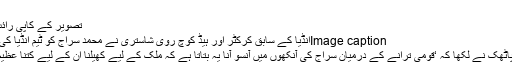
’
تصویر کے کاپی رائٹBCCI
Image captionانڈیا کے سابق کرکٹر اور ہیڈ کوچ روی شاستری نے محمد سراج کو ٹیم انڈیا کی کیپ دی
آشوتوش پاٹھک نے لکھا کہ ‘قومی ترانے کے درمیان سراج کی آنکھوں میں آنسو آنا یہ بتاتا ہے کہ ملک کے لیے کھیلنا ان کے لیے کتنا عظیم کام ہے۔